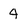
Character: 4